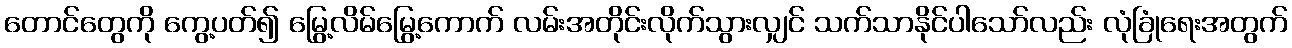
တောင်တွေကို ကွေ့ပတ်၍ မြွေ့လိမ်မြွေ့ကောက် လမ်းအတိုင်းလိုက်သွားလျှင် သက်သာနိုင်ပါသော်လည်း လုံခြုံရေးအတွက်